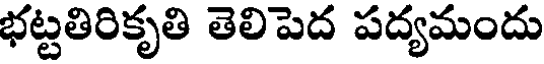
భట్టతిరికృతి తెలిపెద పద్యమందు